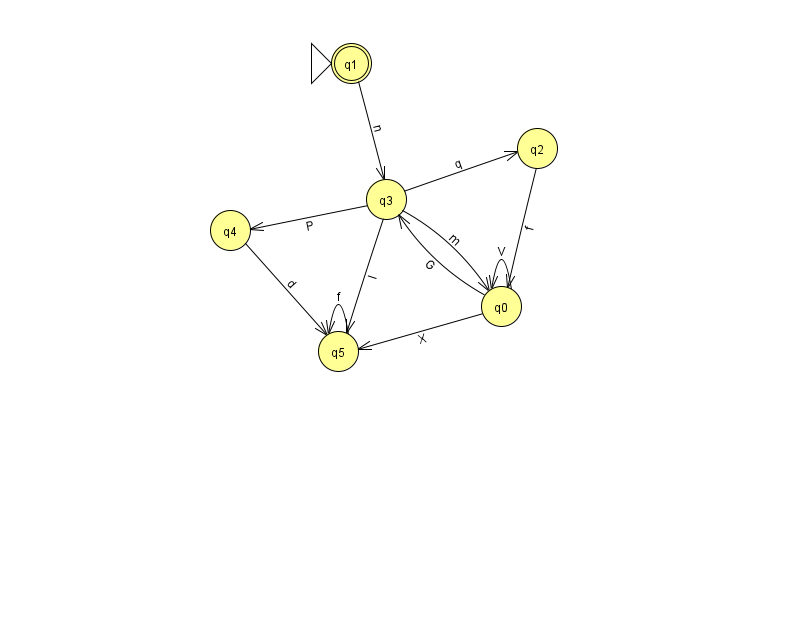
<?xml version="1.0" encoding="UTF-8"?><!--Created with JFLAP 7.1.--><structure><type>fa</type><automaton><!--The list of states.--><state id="0" name="q0"><x>501.0</x><y>293.0</y></state><state id="1" name="q1"><x>351.0</x><y>50.0</y><initial/><final/></state><state id="2" name="q2"><x>537.0</x><y>135.0</y></state><state id="3" name="q3"><x>386.0</x><y>186.0</y></state><state id="4" name="q4"><x>230.0</x><y>217.0</y></state><state id="5" name="q5"><x>338.0</x><y>338.0</y></state><!--The list of transitions.--><transition><from>0</from><to>5</to><read>X</read></transition><transition><from>1</from><to>3</to><read>n</read></transition><transition><from>2</from><to>0</to><read>f</read></transition><transition><from>3</from><to>0</to><read>m</read></transition><transition><from>4</from><to>5</to><read>d</read></transition><transition><from>0</from><to>0</to><read>V</read></transition><transition><from>3</from><to>4</to><read>P</read></transition><transition><from>5</from><to>5</to><read>f</read></transition><transition><from>0</from><to>3</to><read>G</read></transition><transition><from>3</from><to>2</to><read>q</read></transition><transition><from>3</from><to>5</to><read>I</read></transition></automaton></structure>